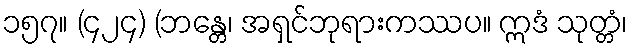
၁၅၇။ (၄၂၄) (ဘန္တေ၊ အရှင်ဘုရားကဿပ။ ဣဒံ သုတ္တံ၊